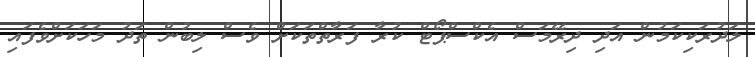
ލަދުރަކިކަމުން އަދި ދިރޭމަސް އެކްސްޕޯޓް ކުރާ ފަރާތްތަކަށް ވެސް ލިބުން ތަދު މަހަކަށްވެފައި